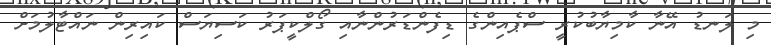
މި ލަނޑު އޭނާ ކާމިޔާބުކުރީ ސްޕެއިންގެ ޑިފެންޑަރުންނާއި ގޯލްކީޕަރު ކަސިޔަސް ކައިރިން ނައްޓާލުމަށް